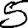
Digit: 5